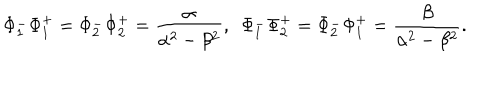
\Phi _ { 1 } ^ { - } \Phi _ { 1 } ^ { + } = \Phi _ { 2 } ^ { - } \Phi _ { 2 } ^ { + } = \frac { \alpha } { \alpha ^ { 2 } - \beta ^ { 2 } } , ~ ~ \Phi _ { 1 } ^ { - } \Phi _ { 2 } ^ { + } = \Phi _ { 2 } ^ { - } \Phi _ { 1 } ^ { + } = \frac { \beta } { \alpha ^ { 2 } - \beta ^ { 2 } } .